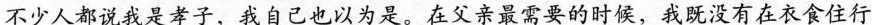
不少人都说我是孝子，我自己也以为是。在父亲最需要的时侯，我既没有在衣食住行